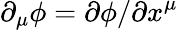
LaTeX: \partial_{\mu}\phi=\partial\phi/\partial x^{\mu}